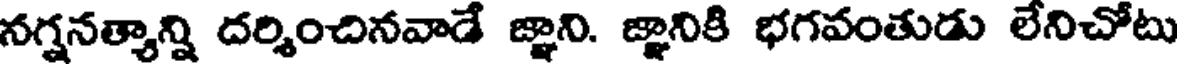
నగ్ననత్యాన్ని దర్శించినవాడే జ్ఞాని. జ్ఞానికి భగవంతుడు లేనిచోటు